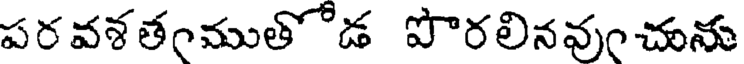
పరవశతంముతోడ పొరలినవుంచును